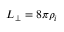
L _ { \perp } = 8 \pi \rho _ { i }